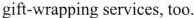
gift-wrapping services, too.